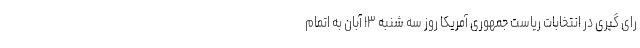
رای گیری در انتخابات ریاست جمهوری آمریکا روز سه شنبه ۱۳ آبان به اتمام